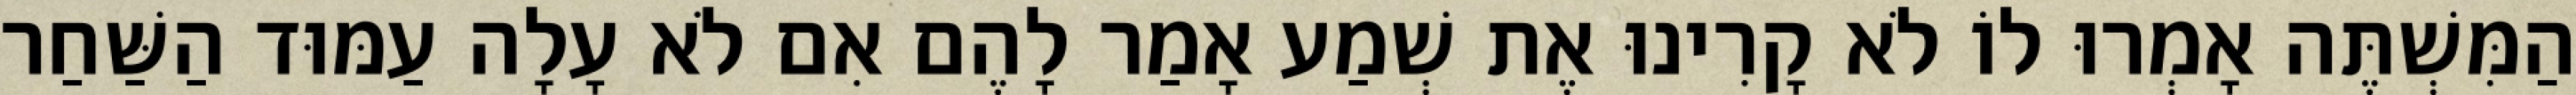
הַמִּשְׁתֶּה אָמְרוּ לוֹ לֹא קָרִינוּ אֶת שְׁמַע אָמַר לָהֶם אִם לֹא עָלָה עַמּוּד הַשַּׁחַר